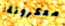
معكرونة